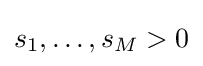
s_{1},\ldots ,s_{M}>0